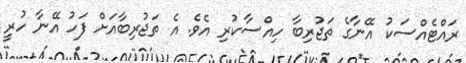
ރައްޓެއްސަކު އޭނާގެ ތަޖުރިބާ ހިއްސާކުރި އެވެ. އެ ތަޖުރިބާއަށް ފަހު އޭނާ ހުރީ